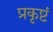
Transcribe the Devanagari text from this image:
प्रकृष्टं